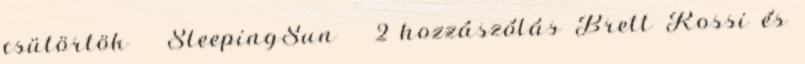
csütörtök SleepingSun 2 hozzászólás Brett Rossi és